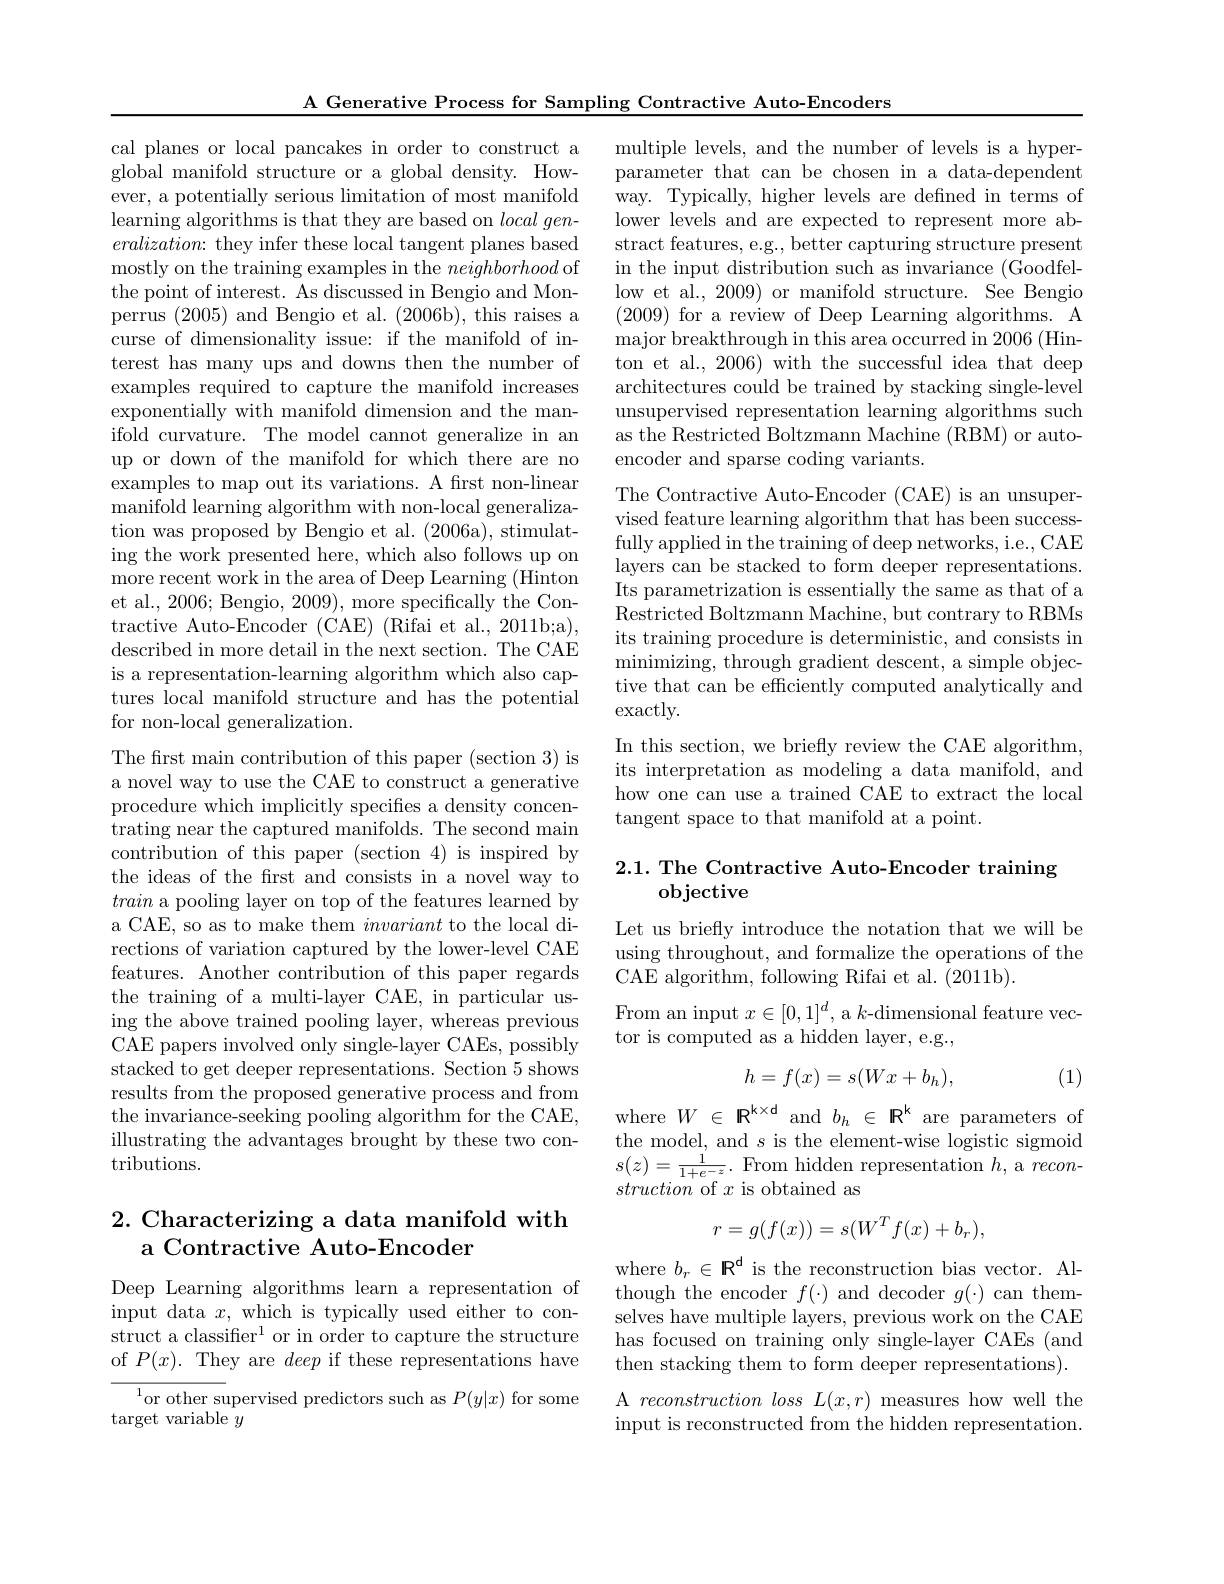
A Generative Process for Sampling Contractive Auto-Encoders

cal planes or local pancakes in order to construct a global manifold structure or a global density. However, a potentially serious limitation of most manifold learning algorithms is that they are based on $local\textit{gen- }$ $eralization{:}$ they infer these local tangent planes based mostly on the training examples in the neighborhood of the point of interest. As discussed in Bengio and Monperrus (2005) and Bengio et al. (2006b), this raises a curse of dimensionality issue: if the manifold of interest has many ups and downs then the number of examples required to capture the manifold increases exponentially with manifold dimension and the manifold curvature. The model cannot generalize in an up or down of the manifold for which there are no examples to map out its variations. A first non-linear manifold learning algorithm with non-local generalization was proposed by Bengio et al. (2006a), stimulating the work presented here, which also follows up on more recent work in the area of Deep Learning (Hinton et al. 2006; Bengio, 2009), more specifically the Contractive Auto-Encoder (CAE) (Rifai et al., 2011b;a), described in more detail in the next section. The CAE is a representation-learning algorithm which also captures local manifold structure and has the potential for non-local generalization.
The first main contribution of this paper (section 3) is a novel way to use the CAE to construct a generative procedure which implicitly specifes a density concentrating near the captured manifolds. The second main contribution of this paper (section 4) is inspired by the ideas of the frst and consists in a novel way to train a pooling layer on top of the features learned by a CAE, so as to make them invariant to the local directions of variation captured by the lower-level CAE features. Another contribution of this paper regards the training of a multi-layer CAE, in particular using the above trained pooling layer, whereas previous CAE papers involved only single-layer CAEs, possibly stacked to get deeper representations. Section 5 shows results from the proposed generative process and from the invariance-seeking pooling algorithm for the CAE, illustrating the advantages brought by these two contributions.

# 2. Characterizing a data manifold with a Contractive Auto-Encoder

Deep Learning algorithms learn a representation of input data $x$, which is typically used either to construct a classifier$^1$ or in order to capture the structure of $P(x).$ They are deep if these representations have

${^{1}\text{or other supervised predictors such as }P(y|x)\text{ for some}}$
target variable $y$

multiple levels, and the number of levels is a hyperparameter that can be chosen in a data-dependent way. Typically, higher levels are defined in terms of lower levels and are expected to represent more abstract features, e.g., better capturing structure present in the input distribution such as invariance (Goodfellow et al., 2009) or manifold structure. See Bengio (2009) for a review of Deep Learning algorithms. A major breakthrough in this area occurred in 2006 (Hinton et al., 2006) with the successful idea that deep architectures could be trained by stacking single-level unsupervised representation learning algorithms such as the Restricted Boltzmann Machine (RBM) or autoencoder and sparse coding variants.

The Contractive Auto-Encoder (CAE) is an unsupervised feature learning algorithm that has been successfully applied in the training of deep networks, i.e., CAE layers can be stacked to form deeper representations. Its parametrization is essentially the same as that of a Restricted Boltzmann Machine, but contrary to RBMs its training procedure is deterministic, and consists in minimizing, through gradient descent, a simple objec- tive that can be efficiently computed analytically and exactly.
In this section, we briefly review the CAE algorithm, its interpretation as modeling a data manifold, and how one can use a trained CAE to extract the local tangent space to that manifold at a point.

## 2.1. The Contractive Auto-Encoder training ${\mathrm{objective}}$

Let us briefly introduce the notation that we will be using throughout, and formalize the operations of the CAE algorithm, following Rifai et al. (2011b).
From an input $x\in[0,1]^d$, a $k$-dimensional feature vec-
tor is computed as a hidden layer, e.g.,

(1)
$$h=f(x)=s(Wx+b_h),$$
where $W\in\mathbb{R}^{k\times\text{d}}$ and $b_h\in\mathbb{R}^k$ are parameters of the model, and $s$ is the element-wise logistic sigmoid $s(z)=\frac{1^{\prime}}{1+e^{-z}}.$ From hidden representation $h$, a reconstruction of $x$ is obtained as
$$r=g(f(x))=s(W^Tf(x)+b_r),$$
where $b_r\in\mathbb{R}^\text{d is the reconstruction bias vector. Al-}$ though the encoder $f(\cdot)$ and decoder $g(\cdot)$ can themselves have multiple layers, previous work on the CAE has focused on training only single-layer CAEs (and then stacking them to form deeper representations). A reconstruction loss L(x,r) measures how well the input is reconstructed from the hidden representation.